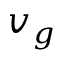
v _ { g }